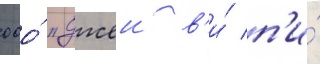
ооо́ "джеи в'и́ п'и́